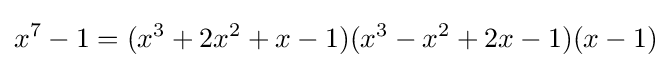
x^{7}-1=(x^{3}+2x^{2}+x-1)(x^{3}-x^{2}+2x-1)(x-1)